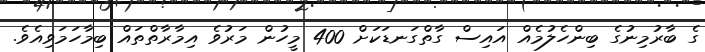
ގެ ބާރުމިނުގެ ބިންހެލުމެއް އައިސް ގާތްގަނޑަކަށް 400 މީހުން މަރުވެ އިމާރާތްތައް ބިމާހަމަވިއެވެ.